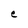
Character: e